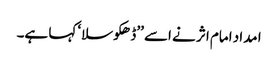
ا مداد امام اثر نے اسے ’’ڈھکوسلا‘ کہا ہے۔